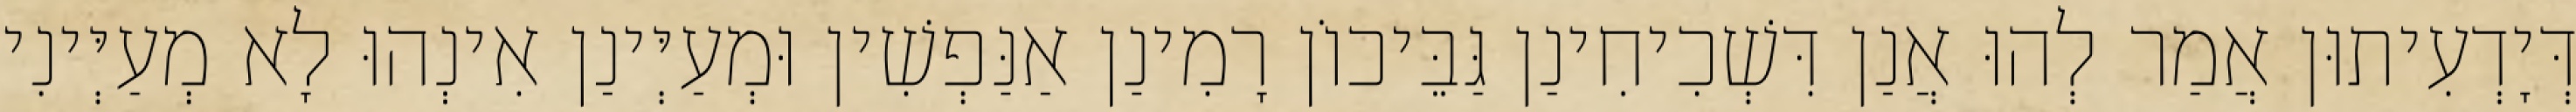
דְּיָדְעִיתוּן אֲמַר לְהוּ אֲנַן דִּשְׁכִיחִינַן גַּבֵּיכוֹן רָמִינַן אַנַּפְשִׁין וּמְעַיְּינַן אִינְהוּ לָא מְעַיְּינִי